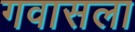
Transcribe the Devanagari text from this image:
गवासला